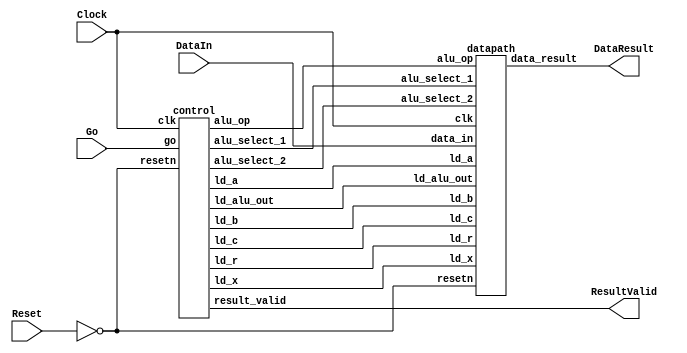
//Sw[7:0] data_in

//KEY[0] synchronous reset when pressed
//KEY[1] go signal

//LEDR displays result
//HEX0 & HEX1 also displays result

module part2(Clock, Reset, Go, DataIn, DataResult, ResultValid);
    input Clock;
    input Reset;
    input Go;
    input [7:0] DataIn;
    output [7:0] DataResult;
    output ResultValid;

    // lots of wires to connect our datapath and control
    wire ld_a, ld_b, ld_c, ld_x, ld_r;
    wire ld_alu_out;
    wire [1:0]  alu_select_1, alu_select_2;
    wire alu_op;
    wire resultValidStore;
    wire dataOutStore;

    control C0(
        .clk(Clock),
        .resetn(~Reset),

        .go(Go),

        .ld_alu_out(ld_alu_out),
        .ld_x(ld_x),
        .ld_a(ld_a),
        .ld_b(ld_b),
        .ld_c(ld_c),
        .ld_r(ld_r),

        .alu_select_1(alu_select_1),
        .alu_select_2(alu_select_2),
        .alu_op(alu_op),
        .result_valid(ResultValid)
    );

    datapath D0(
        .clk(Clock),
        .resetn(~Reset),

        .ld_alu_out(ld_alu_out),
        .ld_x(ld_x),
        .ld_a(ld_a),
        .ld_b(ld_b),
        .ld_c(ld_c),
        .ld_r(ld_r),

        .alu_select_1(alu_select_1),
        .alu_select_2(alu_select_2),
        .alu_op(alu_op),

        .data_in(DataIn),
        .data_result(DataResult)
    );

    

 endmodule


module control(
    input clk,
    input resetn,
    input go,

    output reg  ld_a, ld_b, ld_c, ld_x, ld_r,
    output reg  ld_alu_out,
    output reg [1:0]  alu_select_1, alu_select_2,
    output reg alu_op,
    output reg result_valid
    );

    reg [5:0] current_state, next_state;

    localparam  S_LOAD_A        = 5'd0,
                S_LOAD_A_WAIT   = 5'd1,
                S_LOAD_B        = 5'd2,
                S_LOAD_B_WAIT   = 5'd3,
                S_LOAD_C        = 5'd4,
                S_LOAD_C_WAIT   = 5'd5,
                S_LOAD_X        = 5'd6,
                S_LOAD_X_WAIT   = 5'd7,
                step2       = 5'd8,
                step3       = 5'd9,
                step4       = 5'd10,
                step5       = 5'd11,
                step6       = 5'd12,
                step7       = 5'd13;                



    // Next state logic aka our state table
    always@(*)
    begin: state_table
            case (current_state)
                S_LOAD_A: next_state = go ? S_LOAD_A_WAIT : S_LOAD_A; // Loop in current state until value is input
                S_LOAD_A_WAIT: next_state = go ? S_LOAD_A_WAIT : S_LOAD_B; // Loop in current state until go signal goes low
                S_LOAD_B: next_state = go ? S_LOAD_B_WAIT : S_LOAD_B; // Loop in current state until value is input
                S_LOAD_B_WAIT: next_state = go ? S_LOAD_B_WAIT : S_LOAD_C; // Loop in current state until go signal goes low
                S_LOAD_C: next_state = go ? S_LOAD_C_WAIT : S_LOAD_C; // Loop in current state until value is input
                S_LOAD_C_WAIT: next_state = go ? S_LOAD_C_WAIT : S_LOAD_X; // Loop in current state until go signal goes low
                S_LOAD_X: next_state = go ? S_LOAD_X_WAIT : S_LOAD_X; // Loop in current state until value is input
                S_LOAD_X_WAIT: next_state = go ? S_LOAD_X_WAIT : step2; // Loop in current state until go signal goes low
                step2: next_state = step3;
                step3: next_state = step4;
                step4: next_state = step5;
                step5: next_state = step6;
                step6: next_state = step7;
                step7: next_state = go ? S_LOAD_A:step7;
            default:     next_state = S_LOAD_A;
        endcase
    end // state_table


    // Output logic aka all of our datapath control signals
    always @(*)
    begin: enable_signals
        // By default make all our signals 0
        ld_alu_out = 1'b0;
        ld_a = 1'b0;
        ld_b = 1'b0;
        ld_c = 1'b0;
        ld_x = 1'b0;
        ld_r = 1'b0;
        alu_select_1 = 2'b0;
        alu_select_2 = 2'b0;
        alu_op       = 1'b0;
        result_valid = 1'b0;

        case (current_state)
            S_LOAD_A: begin
                ld_a = 1'b1;
                end
            S_LOAD_B: begin
                ld_b = 1'b1;
                end
            S_LOAD_C: begin
                ld_c = 1'b1;
                end
            S_LOAD_X: begin
                ld_x = 1'b1;
                end
            step2: begin // Do B*X
                ld_a = 1'b0;
                ld_b = 1'b1;
                ld_c = 1'b0;
                ld_x = 1'b0; 
                ld_r = 1'b0; 
                alu_select_1 = 2'b01;
                alu_select_2 = 2'b11;
                alu_op       = 1'b1;
                ld_alu_out   = 1'b1;
                                
           
            end
            step3: begin
                ld_b = 1'b0;
                ld_x = 1'b1;
                alu_select_1 = 2'b11;
                alu_select_2 = 2'b11;
                alu_op       = 1'b1;
                ld_alu_out   = 1'b1;
                
            end
            step4: begin
                ld_x = 1'b0;
                ld_a = 1'b1;
                alu_select_1 = 2'b00;
                alu_select_2 = 2'b11;
                alu_op       = 1'b1;
                ld_alu_out   = 1'b1;
                

            end
            step5: begin
                ld_a = 1'b1;
                alu_select_1 = 2'b00;
                alu_select_2 = 2'b01;
                alu_op       = 1'b0;
                ld_alu_out   = 1'b1;
                            
            end
            step6: begin
                ld_a = 1'b0;
                ld_r = 1'b1;
                alu_select_1 = 2'b00;
                alu_select_2 = 2'b10;
                alu_op       = 1'b0;
                ld_alu_out   = 1'b1;
                

            end
            step7: begin
                ld_a = 1'b0;
                ld_r = 1'b0;
                alu_select_1 = 2'b00;
                alu_select_2 = 2'b00;
                alu_op       = 1'b0;
                ld_alu_out   = 1'b0;
                result_valid = 1'b1;
            end

            

        // default:    // don't need default since we already made sure all of our outputs were assigned a value at the start of the always block
        endcase
    end // enable_signals

    // current_state registers
    always@(posedge clk)
    begin: state_FFs
        if(!resetn)
            current_state <= S_LOAD_A;
        else
            current_state <= next_state;
    end // state_FFS
endmodule

module datapath(
    input clk,
    input resetn,
    input [7:0] data_in,
    input ld_alu_out,
    input ld_x, ld_a, ld_b, ld_c,
    input ld_r,
    input alu_op,
    input [1:0] alu_select_1, alu_select_2,
    output reg [7:0] data_result
    );

    // input registers
    reg [7:0] a, b, c, x;

    // output of the alu
    reg [7:0] alu_out;
    // alu input muxes
    reg [7:0] alu_a, alu_b;

    // Registers a, b, c, x with respective input logic
    always@(posedge clk) begin
        if(!resetn) begin
            a <= 8'b0;
            b <= 8'b0;
            c <= 8'b0;
            x <= 8'b0;
        end
        else begin
            if(ld_a)
                a <= ld_alu_out ? alu_out : data_in; // load alu_out if load_alu_out signal is high, otherwise load from data_in
            if(ld_b)
                b <= ld_alu_out ? alu_out : data_in; // load alu_out if load_alu_out signal is high, otherwise load from data_in
            if(ld_x)
                x <= ld_alu_out ? alu_out : data_in; // load alu_out onto register x when high otherwise load from data_in
            if(ld_c)
                c <= ld_alu_out ? alu_out : data_in; 
        end
    end

    // Output result register
    always@(posedge clk) begin
        if(!resetn) begin
            data_result <= 8'b0;
        end
        else
            if(ld_r)
                data_result <= alu_out;
    end

    // The ALU input multiplexers
    always @(*)
    begin
        case (alu_select_1)
            2'd0:
                alu_a = a;
            2'd1:
                alu_a = b;
            2'd2:
                alu_a = c;
            2'd3:
                alu_a = x;
            default: alu_a = 8'b0;
        endcase

        case (alu_select_2)
            2'd0:
                alu_b = a;
            2'd1:
                alu_b = b;
            2'd2:
                alu_b = c;
            2'd3:
                alu_b = x;
            default: alu_b = 8'b0;
        endcase
    end

    // The ALU
    always @(*)
    begin : ALU
        // alu
        case (alu_op)
            0: begin
                   alu_out = alu_a + alu_b; //performs addition
               end
            1: begin
                   alu_out = alu_a * alu_b; //performs multiplication
               end
            default: alu_out = 8'b0;
        endcase
    end

endmodule